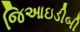
જિઆઇડીબી